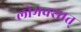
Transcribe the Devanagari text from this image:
लोभवशात्